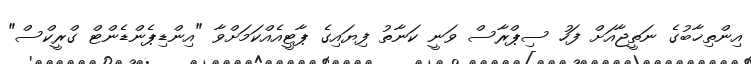
އިންތިޚާބުގެ ނަތީޖާއަށް ފަހު ސިޕްރާސް ވަނީ ކަނާތު ފިޔައިގެ ޕާޓީއެއްކަމަށްވާ "އިންޑިޕެންޑެންޓް ގްރީކްސް"